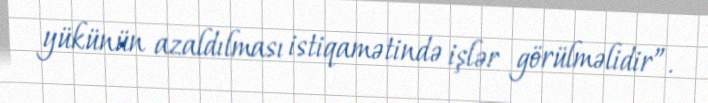
yükünün azaldılması istiqamətində işlər görülməlidir”.